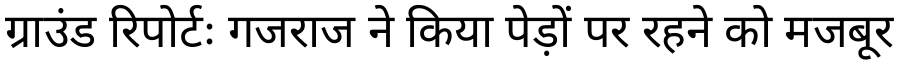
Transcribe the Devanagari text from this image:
ग्राउंड रिपोर्टः गजराज ने किया पेड़ों पर रहने को मजबूर